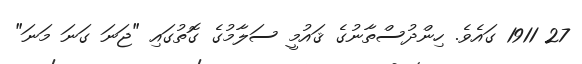
27 1911 ގައެވެ. ހިންދުސްތާނުގެ ޤައުމީ ސަލާމުގެ ގޮތުގައި "ޖަނަ ގަނަ މަނަ"